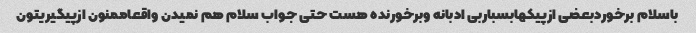
باسلام برخوردبعضی ازپیکهابسباربی ادبانه وبرخورنده هست حتی جواب سلام هم نمیدن واقعاممنون ازپیگیریتون